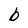
Character: b